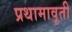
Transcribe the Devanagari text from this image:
प्रथामावृती